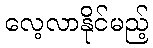
လေ့လာနိုင်မည့်